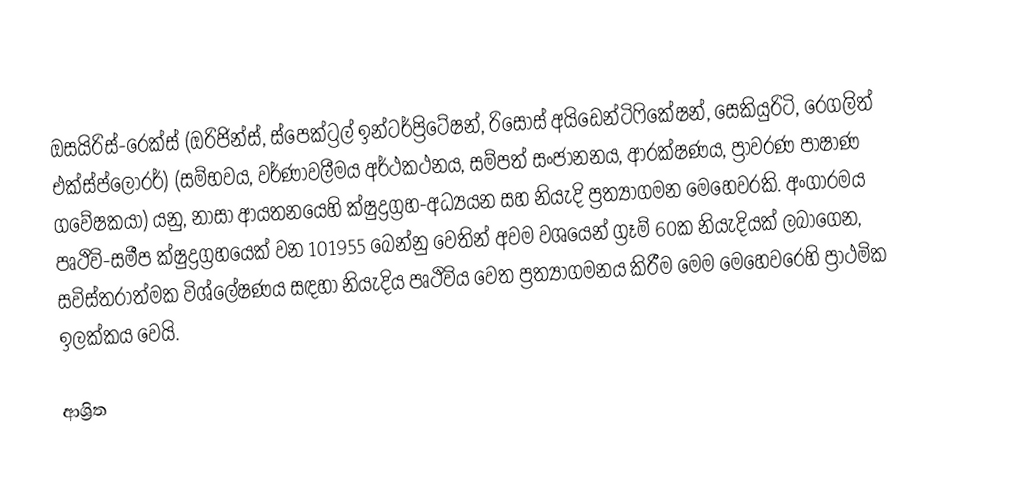
ඔසයිරිස්-රෙක්ස් (ඔරිජින්ස්, ස්පෙක්ට්‍රල් ඉන්ටර්ප්‍රිටේෂන්, රිසෝස් අයිඩෙන්ටිෆිකේෂන්, සෙකියුරිටි, රෙගලිත් එක්ස්ප්ලෝරර්) (සම්භවය, වර්ණාවලීමය අර්ථකථනය, සම්පත් සංජානනය, ආරක්ෂණය, ප්‍රාවරණ පාෂාණ ගවේෂකයා) යනු, නාසා ආයතනයෙහි ක්ෂුද්‍රග්‍රහ-අධ්‍යයන සහ  නියැදි ප්‍රත්‍යාගමන මෙහෙවරකි.     අංගාරමය පෘථිවි-සමීප  ක්ෂුද්‍රග්‍රහයෙක් වන 101955 බෙන්නු වෙතින් අවම වශයෙන් ග්‍රෑම් 60ක නියැදියක් ලබාගෙන, සවිස්තරාත්මක විශ්ලේෂණය සඳහා නියැදිය පෘථිවිය වෙත ප්‍රත්‍යාගමනය කිරීම මෙ‌ම මෙහෙවරෙහි ප්‍රාථමික ඉලක්කය වෙයි.

ආශ්‍රිත